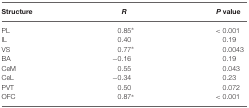
<table><thead><tr><td><b>Structure</b></td><td><b><i>R</i></b></td><td><b><i>P</i> value</b></td></tr></thead><tbody><tr><td>PL</td><td>0.85*</td><td>&lt;0.001</td></tr><tr><td>IL</td><td>0.40</td><td>0.19</td></tr><tr><td>VS</td><td>0.77*</td><td>0.0043</td></tr><tr><td>BA</td><td>−0.16</td><td>0.19</td></tr><tr><td>CeM</td><td>0.55</td><td>0.043</td></tr><tr><td>CeL</td><td>−0.34</td><td>0.23</td></tr><tr><td>PVT</td><td>0.50</td><td>0.072</td></tr><tr><td>OFC</td><td>0.87*</td><td>&lt;0.001</td></tr></tbody></table>